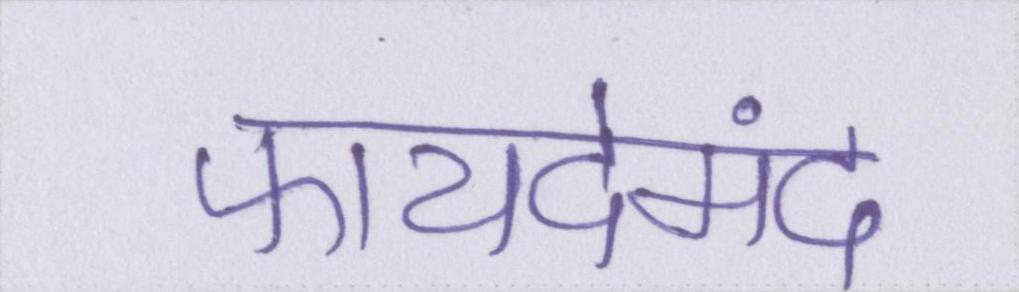
फायदेमंद